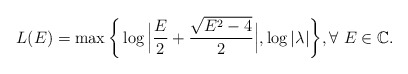
\begin{align*}L(E)=\max\bigg\{\log \Big|\frac{E}{2}+\frac{\sqrt{E^{2}-4}}{2}\Big|,\log |\lambda|\bigg\}, \forall \ E\in \mathbb{C}.\end{align*}